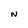
Character: N